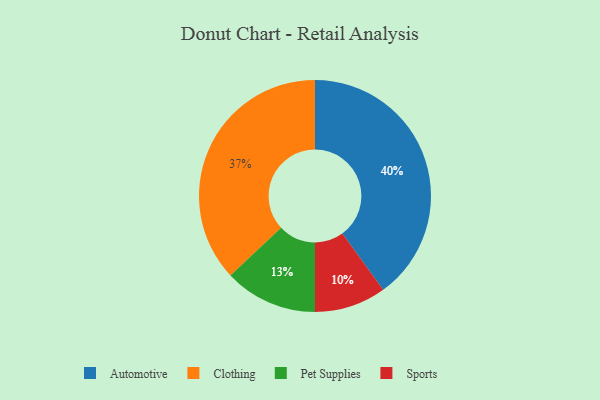
{"axis": {"x": "Category", "y": "Percentage"}, "legend": ["Automotive", "Clothing", "Pet Supplies", "Sports"], "data": [{"x": "Automotive", "y": 40, "type": "Automotive"}, {"x": "Pet Supplies", "y": 13, "type": "Pet Supplies"}, {"x": "Sports", "y": 10, "type": "Sports"}, {"x": "Clothing", "y": 37, "type": "Clothing"}]}